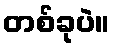
တစ်ခုပဲ။